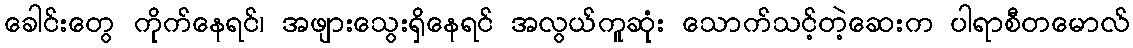
ခေါင်းတွေ ကိုက်နေရင်၊ အဖျားသွေးရှိနေရင် အလွယ်ကူဆုံး သောက်သင့်တဲ့ဆေးက ပါရာစီတမောလ်